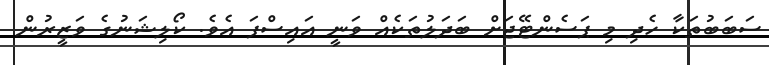
ސަބަބުތަކާ ހެދި މި ޕަސެންޓޭޖަށް ބަދަލުތަކެއް ވަނީ އައިސްފަ އެވެ. ކޯލިޝަނުގެ ވަޒީރުން